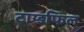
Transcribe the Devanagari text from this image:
टाय्डफिल